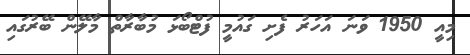
މިއީ 1950 ވަނަ އަހަރު ފެށި ގައުމީ ފުޓްބޯޅަ މުބާރާތް މާލޭން ބޭރުގައި